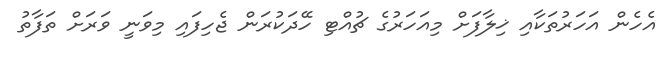
އެހެން އަހަރުތަކާއި ޚިލާފަށް މިއަހަރުގެ ޗުއްޓި ހޭދަކުރަން ޖެހިފައި މިވަނީ ވަރަށް ތަފާތު